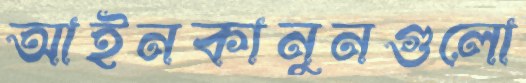
আইনকানুনগুলো